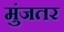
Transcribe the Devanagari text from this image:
मुंजतर